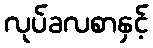
လုပ်ခလစာနှင့်